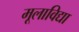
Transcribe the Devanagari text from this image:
मूलाविद्या